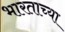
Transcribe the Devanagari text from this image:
भारताच्‍या